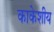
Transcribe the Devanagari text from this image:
काकेशीय